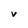
Character: v